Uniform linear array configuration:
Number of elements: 48
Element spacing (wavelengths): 1
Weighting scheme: hamming
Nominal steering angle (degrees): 30
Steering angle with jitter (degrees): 28.49
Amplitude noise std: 0.05
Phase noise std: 0.05

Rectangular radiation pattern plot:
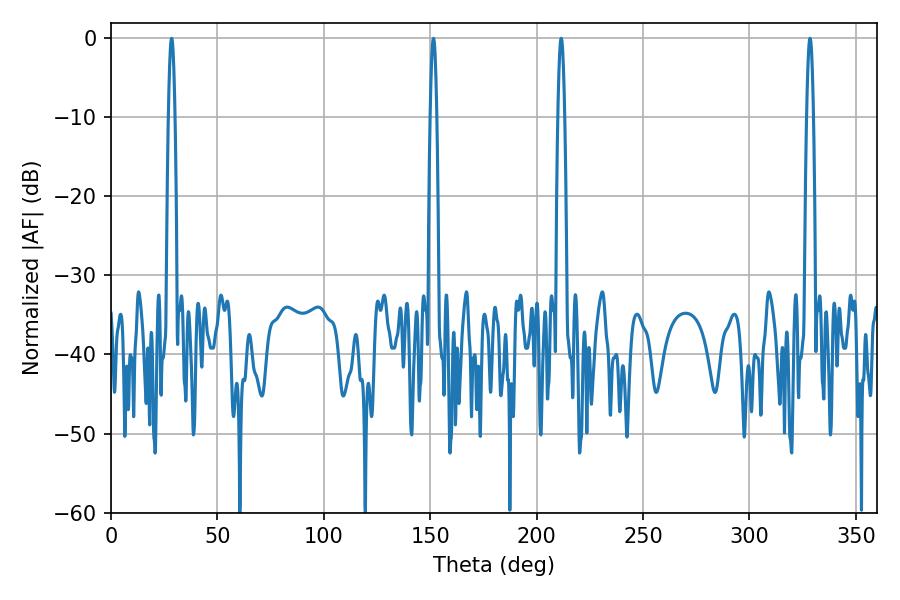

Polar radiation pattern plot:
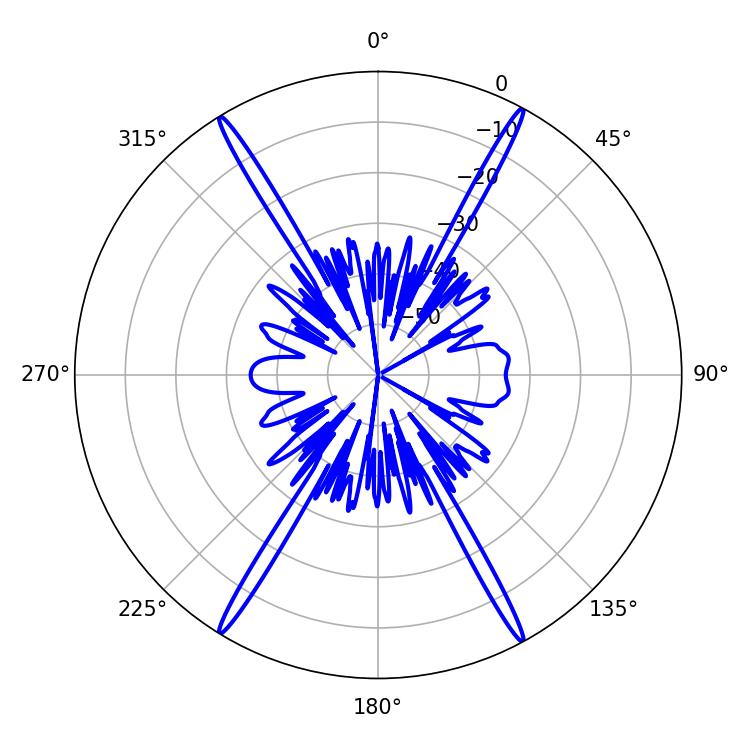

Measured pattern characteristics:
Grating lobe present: TRUE
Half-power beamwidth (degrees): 1.62
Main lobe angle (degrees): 211.5